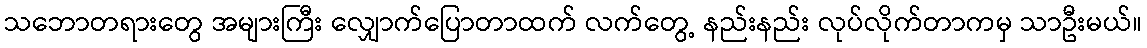
သဘောတရားတွေ အများကြီး လျှောက်ပြောတာထက် လက်တွေ့ နည်းနည်း လုပ်လိုက်တာကမှ သာဦးမယ်။